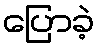
ပြောခဲ့